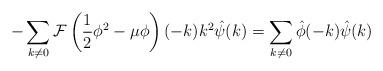
LaTeX: \begin{align*}-\sum_{k\neq 0}\mathcal{F}\left( \frac{1}{2}\phi^{2}-\mu\phi\right)(-k)k^2\hat \psi (k)=\sum_{k\neq 0 }\hat \phi(-k)\hat \psi (k)\end{align*}